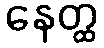
နေတ္ထ